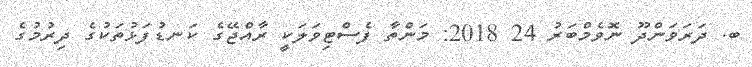
ބ. ދަރަވަންދޫ ނޮވެމްބަރު 24 2018: މަންތާ ފެސްޓިވަލަކީ ރާއްޖޭގެ ކަނޑުފަޅުތަކުގެ ދިރުމުގެ